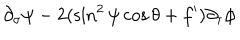
\partial _ { \sigma } \psi - 2 ( \sin ^ { 2 } \psi \cos \theta + f ^ { \prime } ) \partial _ { \tau } \phi